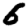
Digit: 6